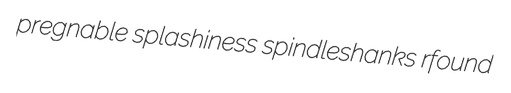
pregnable splashiness spindleshanks rfound